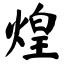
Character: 煌